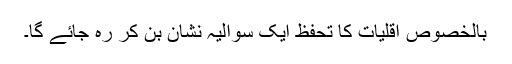
بالخصوص اقلیات کا تحفظ ایک سوالیہ نشان بن کر رہ جائے گا۔